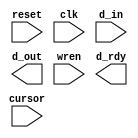
module filter_3x3_720px
#(
	 parameter BLOCK_LENGTH = 720,

    // weight of each pixel, change these parameters to make difference effect of filter
	// |WA3|WB3|WA3|
	// |WB3|WA1|WB3|
	// |WA3|WB3|WA3|
	parameter WA3 = 0,
			  WB3 = 1,
			  WA1 = -4,

	parameter DIV = 1
)
(
	// system
	input	reset,
	input	clk,

	// io
	input [15:0] d_in,
	output wire [15:0] d_out,

	// control
	input wren,
	output wire d_rdy,
	input [9:0] cursor

);


	// 3 cursors delay, because of the ram required 3 clk cycle to output the data to 'q'
	reg [9:0] cursor1, cursor2, cursor3;

	always @ (posedge clk) begin
        if (reset == 1) begin
            cursor1 <= 0;
            cursor2 <= 0;
            cursor3 <= 0;
        end
        else begin
            cursor1 <= cursor;
            cursor2 <= cursor1;
            cursor3 <= cursor2;
        end
	end
/******************************************************************************/
/******************************************************************************/
	// state to indicate which row of ram is written in current cycle
	reg state_ram1, state_ram2, state_ram3;
	reg state_ram4, state_ram5, state_ram6;
	reg state_ram7, state_ram8, state_ram9;

	always @ (posedge wren, posedge reset) begin
        if (reset == 1) begin
			state_ram1 <= 1;
			state_ram2 <= 0;
			state_ram3 <= 0;
			state_ram4 <= 0;
			state_ram5 <= 0;
			state_ram6 <= 0;
			state_ram7 <= 0;
			state_ram8 <= 0;
			state_ram9 <= 0;			
        end
        else begin
			state_ram1 <= state_ram9;
			state_ram2 <= state_ram1;
			state_ram3 <= state_ram2;
			state_ram4 <= state_ram3;
			state_ram5 <= state_ram4;
			state_ram6 <= state_ram5;
			state_ram7 <= state_ram6;
			state_ram8 <= state_ram7;
			state_ram9 <= state_ram8;
        end
	end
/******************************************************************************/
/******************************************************************************/
	// enable signal for each row of ram
	wire wren_row1, wren_row2, wren_row3;	
	wire wren_row4, wren_row5, wren_row6;
	wire wren_row7, wren_row8, wren_row9;

	assign wren_row1 = (wren == 1) & (state_ram1);
	assign wren_row2 = (wren == 1) & (state_ram2);
	assign wren_row3 = (wren == 1) & (state_ram3);
	assign wren_row4 = (wren == 1) & (state_ram4);
	assign wren_row5 = (wren == 1) & (state_ram5);
	assign wren_row6 = (wren == 1) & (state_ram6);	
	assign wren_row7 = (wren == 1) & (state_ram7);
	assign wren_row8 = (wren == 1) & (state_ram8);
	assign wren_row9 = (wren == 1) & (state_ram9);	
/******************************************************************************/
/******************************************************************************/
	
	// flag to determine the middle px
	wire flag_cursor_mid;

	assign flag_cursor_mid = (cursor > 0 ) & (cursor < BLOCK_LENGTH );	

	// address of each ram
	
    // If the ram is not used, the address value of the ram is 0xFF
	wire [7:0] addr11, addr12, addr13,
			   addr21, addr22, addr23,
			   addr31, addr32, addr33;

	assign addr11 = ( wren==1 & wren_row1==1 )? cursor[7:0] : ( flag_cursor_mid )? cursor[7:0] - 1 : -1;
	assign addr12 = ( wren==1 & wren_row1==1 )? cursor[7:0] : ( flag_cursor_mid )? cursor[7:0] + 0 : -1;
	assign addr13 = ( wren==1 & wren_row1==1 )? cursor[7:0] : ( flag_cursor_mid )? cursor[7:0] + 1 : -1;
	assign addr21 = ( wren==1 & wren_row2==1 )? cursor[7:0] : ( flag_cursor_mid )? cursor[7:0] - 1 : -1;
	assign addr22 = ( wren==1 & wren_row2==1 )? cursor[7:0] : ( flag_cursor_mid )? cursor[7:0] + 0 : -1;
	assign addr23 = ( wren==1 & wren_row2==1 )? cursor[7:0] : ( flag_cursor_mid )? cursor[7:0] + 1 : -1;
	assign addr31 = ( wren==1 & wren_row3==1 )? cursor[7:0] : ( flag_cursor_mid )? cursor[7:0] - 1 : -1;
	assign addr32 = ( wren==1 & wren_row3==1 )? cursor[7:0] : ( flag_cursor_mid )? cursor[7:0] + 0 : -1;
	assign addr33 = ( wren==1 & wren_row3==1 )? cursor[7:0] : ( flag_cursor_mid )? cursor[7:0] + 1 : -1;
/******************************************************************************/
	wire [7:0] addr41, addr42, addr43,
			   addr51, addr52, addr53,
			   addr61, addr62, addr63;

	assign addr41 = ( wren==1 & wren_row1==1 )? cursor[7:0] : ( flag_cursor_mid )? cursor[7:0] + 0 : -1;
	assign addr42 = ( wren==1 & wren_row1==1 )? cursor[7:0] : ( flag_cursor_mid )? cursor[7:0] + 1 : -1;
	assign addr43 = ( wren==1 & wren_row1==1 )? cursor[7:0] : ( flag_cursor_mid )? cursor[7:0] + 2 : -1;
	assign addr51 = ( wren==1 & wren_row2==1 )? cursor[7:0] : ( flag_cursor_mid )? cursor[7:0] + 0 : -1;
	assign addr52 = ( wren==1 & wren_row2==1 )? cursor[7:0] : ( flag_cursor_mid )? cursor[7:0] + 1 : -1;
	assign addr53 = ( wren==1 & wren_row2==1 )? cursor[7:0] : ( flag_cursor_mid )? cursor[7:0] + 2 : -1;
	assign addr61 = ( wren==1 & wren_row3==1 )? cursor[7:0] : ( flag_cursor_mid )? cursor[7:0] + 0 : -1;
	assign addr62 = ( wren==1 & wren_row3==1 )? cursor[7:0] : ( flag_cursor_mid )? cursor[7:0] + 1 : -1;
	assign addr63 = ( wren==1 & wren_row3==1 )? cursor[7:0] : ( flag_cursor_mid )? cursor[7:0] + 2 : -1;	
/******************************************************************************/	
	wire [7:0] addr71, addr72, addr73,
			   addr81, addr82, addr83,
			   addr91, addr92, addr93;

	assign addr71 = ( wren==1 & wren_row1==1 )? cursor[7:0] : ( flag_cursor_mid )? cursor[7:0] + 1 : -1;
	assign addr72 = ( wren==1 & wren_row1==1 )? cursor[7:0] : ( flag_cursor_mid )? cursor[7:0] + 2 : -1;
	assign addr73 = ( wren==1 & wren_row1==1 )? cursor[7:0] : ( flag_cursor_mid )? cursor[7:0] + 3 : -1;
	assign addr81 = ( wren==1 & wren_row2==1 )? cursor[7:0] : ( flag_cursor_mid )? cursor[7:0] + 1 : -1;
	assign addr82 = ( wren==1 & wren_row2==1 )? cursor[7:0] : ( flag_cursor_mid )? cursor[7:0] + 2 : -1;
	assign addr83 = ( wren==1 & wren_row2==1 )? cursor[7:0] : ( flag_cursor_mid )? cursor[7:0] + 3 : -1;
	assign addr91 = ( wren==1 & wren_row3==1 )? cursor[7:0] : ( flag_cursor_mid )? cursor[7:0] + 1 : -1;
	assign addr92 = ( wren==1 & wren_row3==1 )? cursor[7:0] : ( flag_cursor_mid )? cursor[7:0] + 2 : -1;
	assign addr93 = ( wren==1 & wren_row3==1 )? cursor[7:0] : ( flag_cursor_mid )? cursor[7:0] + 3 : -1;	
/******************************************************************************/	
//注意：这是大套娃
	// memory output of ram
	
	wire [15:0] q11, q12, q13,
				q21, q22, q23,
				q31, q32, q33;
	wire [15:0] q41, q42, q43,
				q51, q52, q53,
				q61, q62, q63;
	wire [15:0] q71, q72, q73,
				q81, q82, q83,
				q91, q92, q93;				

	wire [15:0] d11, d12, d13,
				d21, d22, d23,
				d31, d32, d33;
	wire [15:0] d41, d42, d43,
				d51, d52, d53,
				d61, d62, d63;
	wire [15:0] d71, d72, d73,
				d81, d82, d83,
				d91, d92, d93;
				
	assign d11 = (state_ram3 == 1)? q11 : (state_ram1 == 1)? q21 : q31;
	assign d12 = (state_ram3 == 1)? q12 : (state_ram1 == 1)? q22 : q32;
	assign d13 = (state_ram3 == 1)? q13 : (state_ram1 == 1)? q23 : q33;
	assign d21 = (state_ram3 == 1)? q21 : (state_ram1 == 1)? q31 : q11;
	assign d22 = (state_ram3 == 1)? q22 : (state_ram1 == 1)? q32 : q12;
	assign d23 = (state_ram3 == 1)? q23 : (state_ram1 == 1)? q33 : q13;
	assign d31 = (state_ram3 == 1)? q31 : (state_ram1 == 1)? q11 : q21;
	assign d32 = (state_ram3 == 1)? q32 : (state_ram1 == 1)? q12 : q22;
	assign d33 = (state_ram3 == 1)? q33 : (state_ram1 == 1)? q13 : q23;

	assign d41 = (state_ram6 == 1)? q41 : (state_ram4 == 1)? q51 : q61;
	assign d42 = (state_ram6 == 1)? q42 : (state_ram4 == 1)? q52 : q62;
	assign d43 = (state_ram6 == 1)? q43 : (state_ram4 == 1)? q53 : q63;
	assign d51 = (state_ram6 == 1)? q51 : (state_ram4 == 1)? q61 : q41;
	assign d52 = (state_ram6 == 1)? q52 : (state_ram4 == 1)? q62 : q42;
	assign d53 = (state_ram6 == 1)? q53 : (state_ram4 == 1)? q63 : q43;
	assign d61 = (state_ram6 == 1)? q61 : (state_ram4 == 1)? q41 : q51;
	assign d62 = (state_ram6 == 1)? q62 : (state_ram4 == 1)? q42 : q43;
	assign d63 = (state_ram6 == 1)? q63 : (state_ram4 == 1)? q43 : q53;

	assign d71 = (state_ram9 == 1)? q71 : (state_ram7 == 1)? q81 : q91;
	assign d72 = (state_ram9 == 1)? q72 : (state_ram7 == 1)? q82 : q92;
	assign d73 = (state_ram9 == 1)? q73 : (state_ram7 == 1)? q83 : q83;
	assign d81 = (state_ram9 == 1)? q81 : (state_ram7 == 1)? q91 : q71;
	assign d82 = (state_ram9 == 1)? q82 : (state_ram7 == 1)? q92 : q72;
	assign d83 = (state_ram9 == 1)? q83 : (state_ram7 == 1)? q93 : q73;
	assign d91 = (state_ram9 == 1)? q91 : (state_ram7 == 1)? q71 : q81;
	assign d92 = (state_ram9 == 1)? q92 : (state_ram7 == 1)? q72 : q82;
	assign d93 = (state_ram9 == 1)? q93 : (state_ram7 == 1)? q73 : q83;	
/******************************************************************************/
/******************************************************************************
//注意：这里是小套娃，每三行ram套一个。如果最后结果不对，很有可能是9行ram的大套娃
	// memory output of ram
	
	wire [15:0] q11, q12, q13,
				q21, q22, q23,
				q31, q32, q33;

	wire [15:0] d11, d12, d13,
				d21, d22, d23,
				d31, d32, d33;

	assign d11 = (state_ram3 == 1)? q11 : (state_ram1 == 1)? q21 : q31;
	assign d12 = (state_ram3 == 1)? q12 : (state_ram1 == 1)? q22 : q32;
	assign d13 = (state_ram3 == 1)? q13 : (state_ram1 == 1)? q23 : q33;
	assign d21 = (state_ram3 == 1)? q21 : (state_ram1 == 1)? q31 : q11;
	assign d22 = (state_ram3 == 1)? q22 : (state_ram1 == 1)? q32 : q12;
	assign d23 = (state_ram3 == 1)? q23 : (state_ram1 == 1)? q33 : q13;
	assign d31 = (state_ram3 == 1)? q31 : (state_ram1 == 1)? q11 : q21;
	assign d32 = (state_ram3 == 1)? q32 : (state_ram1 == 1)? q12 : q22;
	assign d33 = (state_ram3 == 1)? q33 : (state_ram1 == 1)? q13 : q23;				
******************************************************************************/			
	wire [15:0] q41, q42, q43,
				q51, q52, q53,
				q61, q62, q63;

	wire [15:0] d41, d42, d43,
				d51, d52, d53,
				d61, d62, d63;

	assign d41 = (state_ram6 == 1)? q41 : (state_ram4 == 1)? q51 : q61;
	assign d42 = (state_ram6 == 1)? q42 : (state_ram4 == 1)? q52 : q62;
	assign d43 = (state_ram6 == 1)? q43 : (state_ram4 == 1)? q53 : q63;
	assign d51 = (state_ram6 == 1)? q51 : (state_ram4 == 1)? q61 : q41;
	assign d52 = (state_ram6 == 1)? q52 : (state_ram4 == 1)? q62 : q42;
	assign d53 = (state_ram6 == 1)? q53 : (state_ram4 == 1)? q63 : q43;
	assign d61 = (state_ram6 == 1)? q61 : (state_ram4 == 1)? q41 : q51;
	assign d62 = (state_ram6 == 1)? q62 : (state_ram4 == 1)? q42 : q43;
	assign d63 = (state_ram6 == 1)? q63 : (state_ram4 == 1)? q43 : q53;
/******************************************************************************/
	wire [15:0] q71, q72, q73,
				q81, q82, q83,
				q91, q92, q93;

	wire [15:0] d71, d72, d73,
				d81, d82, d83,
				d91, d92, d93;

	assign d71 = (state_ram9 == 1)? q71 : (state_ram7 == 1)? q81 : q91;
	assign d72 = (state_ram9 == 1)? q72 : (state_ram7 == 1)? q82 : q92;
	assign d73 = (state_ram9 == 1)? q73 : (state_ram7 == 1)? q83 : q83;
	assign d81 = (state_ram9 == 1)? q81 : (state_ram7 == 1)? q91 : q71;
	assign d82 = (state_ram9 == 1)? q82 : (state_ram7 == 1)? q92 : q72;
	assign d83 = (state_ram9 == 1)? q83 : (state_ram7 == 1)? q93 : q73;
	assign d91 = (state_ram9 == 1)? q91 : (state_ram7 == 1)? q71 : q81;
	assign d92 = (state_ram9 == 1)? q92 : (state_ram7 == 1)? q72 : q82;
	assign d93 = (state_ram9 == 1)? q93 : (state_ram7 == 1)? q73 : q83;	
/******************************************************************************/	
	// filter color data



	// filtered RGB

	

	// final filtered data
	

	// output data
	

	// data ready signal for write_filter_tb
	// assign d_rdy = (wren == 0) & ((cursor == cursor3)|~flag_cursor_mid);
	


	// connection of wire and ram

   

endmodule